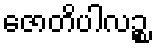
ဇောတိပါလဉ္စ